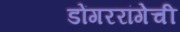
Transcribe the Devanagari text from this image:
डोंगररांगेची